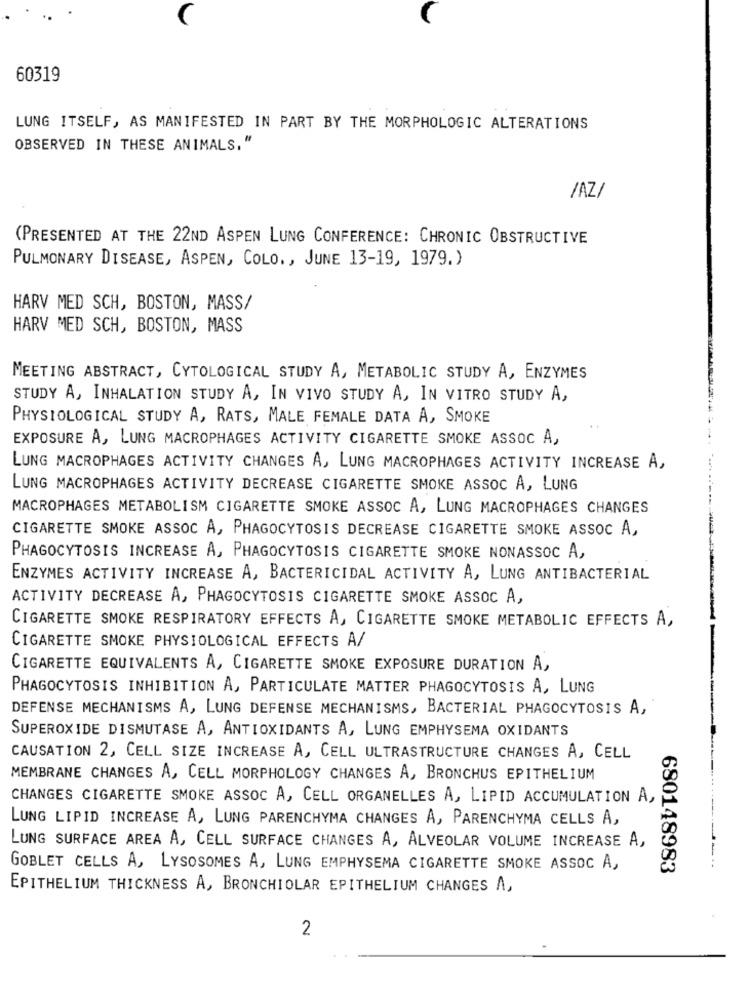
..
60319
LUNG ITSELF, AS MANIFESTED IN PART BY THE MORPHOLOGIC ALTERATIONS
OBSERVED IN THESE ANIMALS, "
/AZ/
(PRESENTED AT THE 22ND ASPEN LUNG CONFERENCE: CHRONIC OBSTRUCTIVE
PULMONARY DISEASE, ASPEN, COLO ., JUNE 13-19, 1979.)
HARV MED SCH, BOSTON, MASS/
HARV MED SCH, BOSTON, MASS
MEETING ABSTRACT, CYTOLOGICAL STUDY A, METABOLIC STUDY A, ENZYMES
STUDY A, INHALATION STUDY A, IN VIVO STUDY A, IN VITRO STUDY A,
PHYSIOLOGICAL STUDY A, RATS, MALE FEMALE DATA A, SMOKE
EXPOSURE A, LUNG MACROPHAGES ACTIVITY CIGARETTE SMOKE ASSOC A,
LUNG MACROPHAGES ACTIVITY CHANGES A, LUNG MACROPHAGES ACTIVITY INCREASE A,
LUNG MACROPHAGES ACTIVITY DECREASE CIGARETTE SMOKE ASSOC A, LUNG
MACROPHAGES METABOLISM CIGARETTE SMOKE ASSOC A, LUNG MACROPHAGES CHANGES
CIGARETTE SMOKE ASSOC A, PHAGOCYTOSIS DECREASE CIGARETTE SMOKE ASSOC A,
PHAGOCYTOSIS INCREASE A, PHAGOCYTOSIS CIGARETTE SMOKE NONASSOC A,
ENZYMES ACTIVITY INCREASE A, BACTERICIDAL ACTIVITY A, LUNG ANTIBACTERIAL
ACTIVITY DECREASE A, PHAGOCYTOSIS CIGARETTE SMOKE ASSOC A,
CIGARETTE SMOKE RESPIRATORY EFFECTS A, CIGARETTE SMOKE METABOLIC EFFECTS A,
CIGARETTE SMOKE PHYSIOLOGICAL EFFECTS A/
CIGARETTE EQUIVALENTS A, CIGARETTE SMOKE EXPOSURE DURATION A,
PHAGOCYTOSIS INHIBITION A, PARTICULATE MATTER PHAGOCYTOSIS A, LUNG
DEFENSE MECHANISMS A, LUNG DEFENSE MECHANISMS, BACTERIAL PHAGOCYTOSIS A,
SUPEROXIDE DISMUTASE A, ANTIOXIDANTS A, LUNG EMPHYSEMA OXIDANTS
CAUSATION 2, CELL SIZE INCREASE A, CELL ULTRASTRUCTURE CHANGES A, CELL
MEMBRANE CHANGES A, CELL MORPHOLOGY CHANGES A, BRONCHUS EPITHELIUM
CHANGES CIGARETTE SMOKE ASSOC A, CELL ORGANELLES A, LIPID ACCUMULATION A,
LUNG LIPID INCREASE A, LUNG PARENCHYMA CHANGES A, PARENCHYMA CELLS A,
LUNG SURFACE AREA A, CELL SURFACE CHANGES A, ALVEOLAR VOLUME INCREASE A,
GOBLET CELLS A, LYSOSOMES A, LUNG EMPHYSEMA CIGARETTE SMOKE ASSOC A,
680148983
EPITHELIUM THICKNESS A, BRONCHIOLAR EPITHELIUM CHANGES A,
2